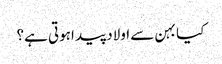
کیا بہن سے اولاد پید اہوتی ہے؟